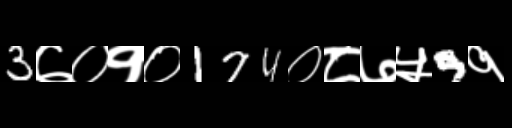
Text: 3७०१०174०८७५9१